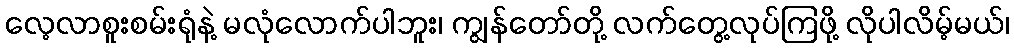
လေ့လာစူးစမ်းရုံနဲ့ မလုံလောက်ပါဘူး၊ ကျွန်တော်တို့ လက်တွေ့လုပ်ကြဖို့ လိုပါလိမ့်မယ်၊